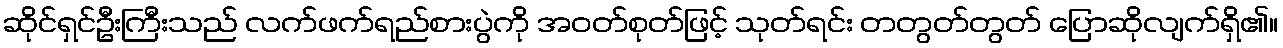
ဆိုင်ရှင်ဦးကြီးသည် လက်ဖက်ရည်စားပွဲကို အဝတ်စုတ်ဖြင့် သုတ်ရင်း တတွတ်တွတ် ပြောဆိုလျက်ရှိ၏။